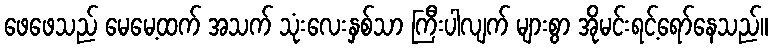
ဖေဖေသည် မေမေ့ထက် အသက် သုံးလေးနှစ်သာ ကြီးပါလျက် များစွာ အိုမင်းရင့်ရော်နေသည်။